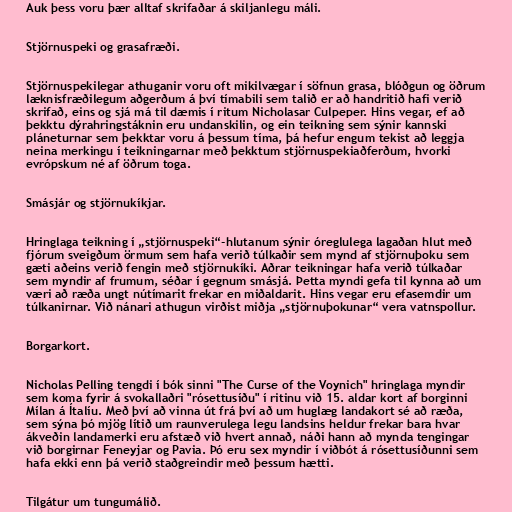
Auk þess voru þær alltaf skrifaðar á skiljanlegu máli.

Stjörnuspeki og grasafræði.

Stjörnuspekilegar athuganir voru oft mikilvægar í söfnun grasa, blóðgun og öðrum
læknisfræðilegum aðgerðum á því tímabili sem talið er að handritið hafi verið
skrifað, eins og sjá má til dæmis í ritum Nicholasar Culpeper. Hins vegar, ef að
þekktu dýrahringstáknin eru undanskilin, og ein teikning sem sýnir kannski
pláneturnar sem þekktar voru á þessum tíma, þá hefur engum tekist að leggja
neina merkingu í teikningarnar með þekktum stjörnuspekiaðferðum, hvorki
evrópskum né af öðrum toga.

Smásjár og stjörnukíkjar.

Hringlaga teikning í „stjörnuspeki“-hlutanum sýnir óreglulega lagaðan hlut með
fjórum sveigðum örmum sem hafa verið túlkaðir sem mynd af stjörnuþoku sem
gæti aðeins verið fengin með stjörnukíki. Aðrar teikningar hafa verið túlkaðar
sem myndir af frumum, séðar í gegnum smásjá. Þetta myndi gefa til kynna að um
væri að ræða ungt nútímarit frekar en miðaldarit. Hins vegar eru efasemdir um
túlkanirnar. Við nánari athugun virðist miðja „stjörnuþokunar“ vera vatnspollur.

Borgarkort.

Nicholas Pelling tengdi í bók sinni "The Curse of the Voynich" hringlaga myndir
sem koma fyrir á svokallaðri "rósettusíðu" í ritinu við 15. aldar kort af borginni
Mílan á Ítalíu. Með því að vinna út frá því að um huglæg landakort sé að ræða,
sem sýna þó mjög lítið um raunverulega legu landsins heldur frekar bara hvar
ákveðin landamerki eru afstæð við hvert annað, náði hann að mynda tengingar
við borgirnar Feneyjar og Pavia. Þó eru sex myndir í viðbót á rósettusíðunni sem
hafa ekki enn þá verið staðgreindir með þessum hætti.

Tilgátur um tungumálið.